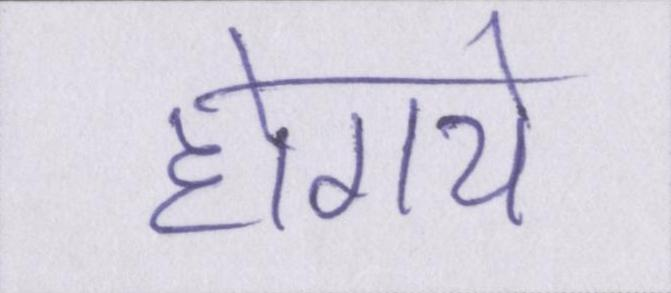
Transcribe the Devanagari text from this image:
होगये